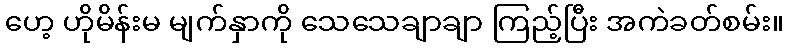
ဟေ့ ဟိုမိန်းမ မျက်နှာကို သေသေချာချာ ကြည့်ပြီး အကဲခတ်စမ်း။